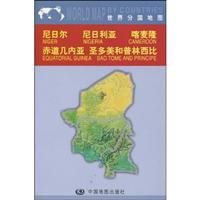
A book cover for Map of Niger, Nigeria, Cameroon, Equatorial Guinea, Sao Tome, Principe; China Map Publishing House; Travel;